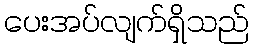
ပေးအပ်လျက်ရှိသည်